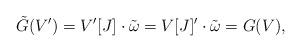
LaTeX: \begin{align*} \tilde{G}(V')=V'[J] \cdot \tilde{\omega} = V[J]' \cdot \tilde{\omega} = G(V),\end{align*}